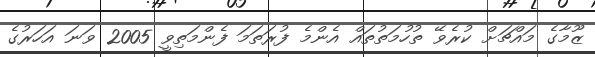
ޒޫމާގެ މައްޗަށް ކުރެވޭ ތުހުމަތުތައް އެންމެ ފުރަތަމަ ފެންމަތިވީ 2005 ވަނަ އަހަރުގެ